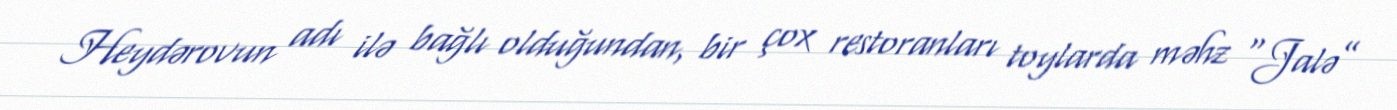
Heydərovun adı ilə bağlı olduğundan, bir çox restoranları toylarda məhz “Jalə”